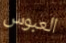
العبوس